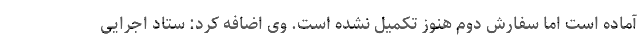
آماده است اما سفارش دوم هنوز تکمیل نشده است. وی اضافه کرد: ستاد اجرایی